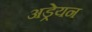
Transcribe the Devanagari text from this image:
अड्रेयन